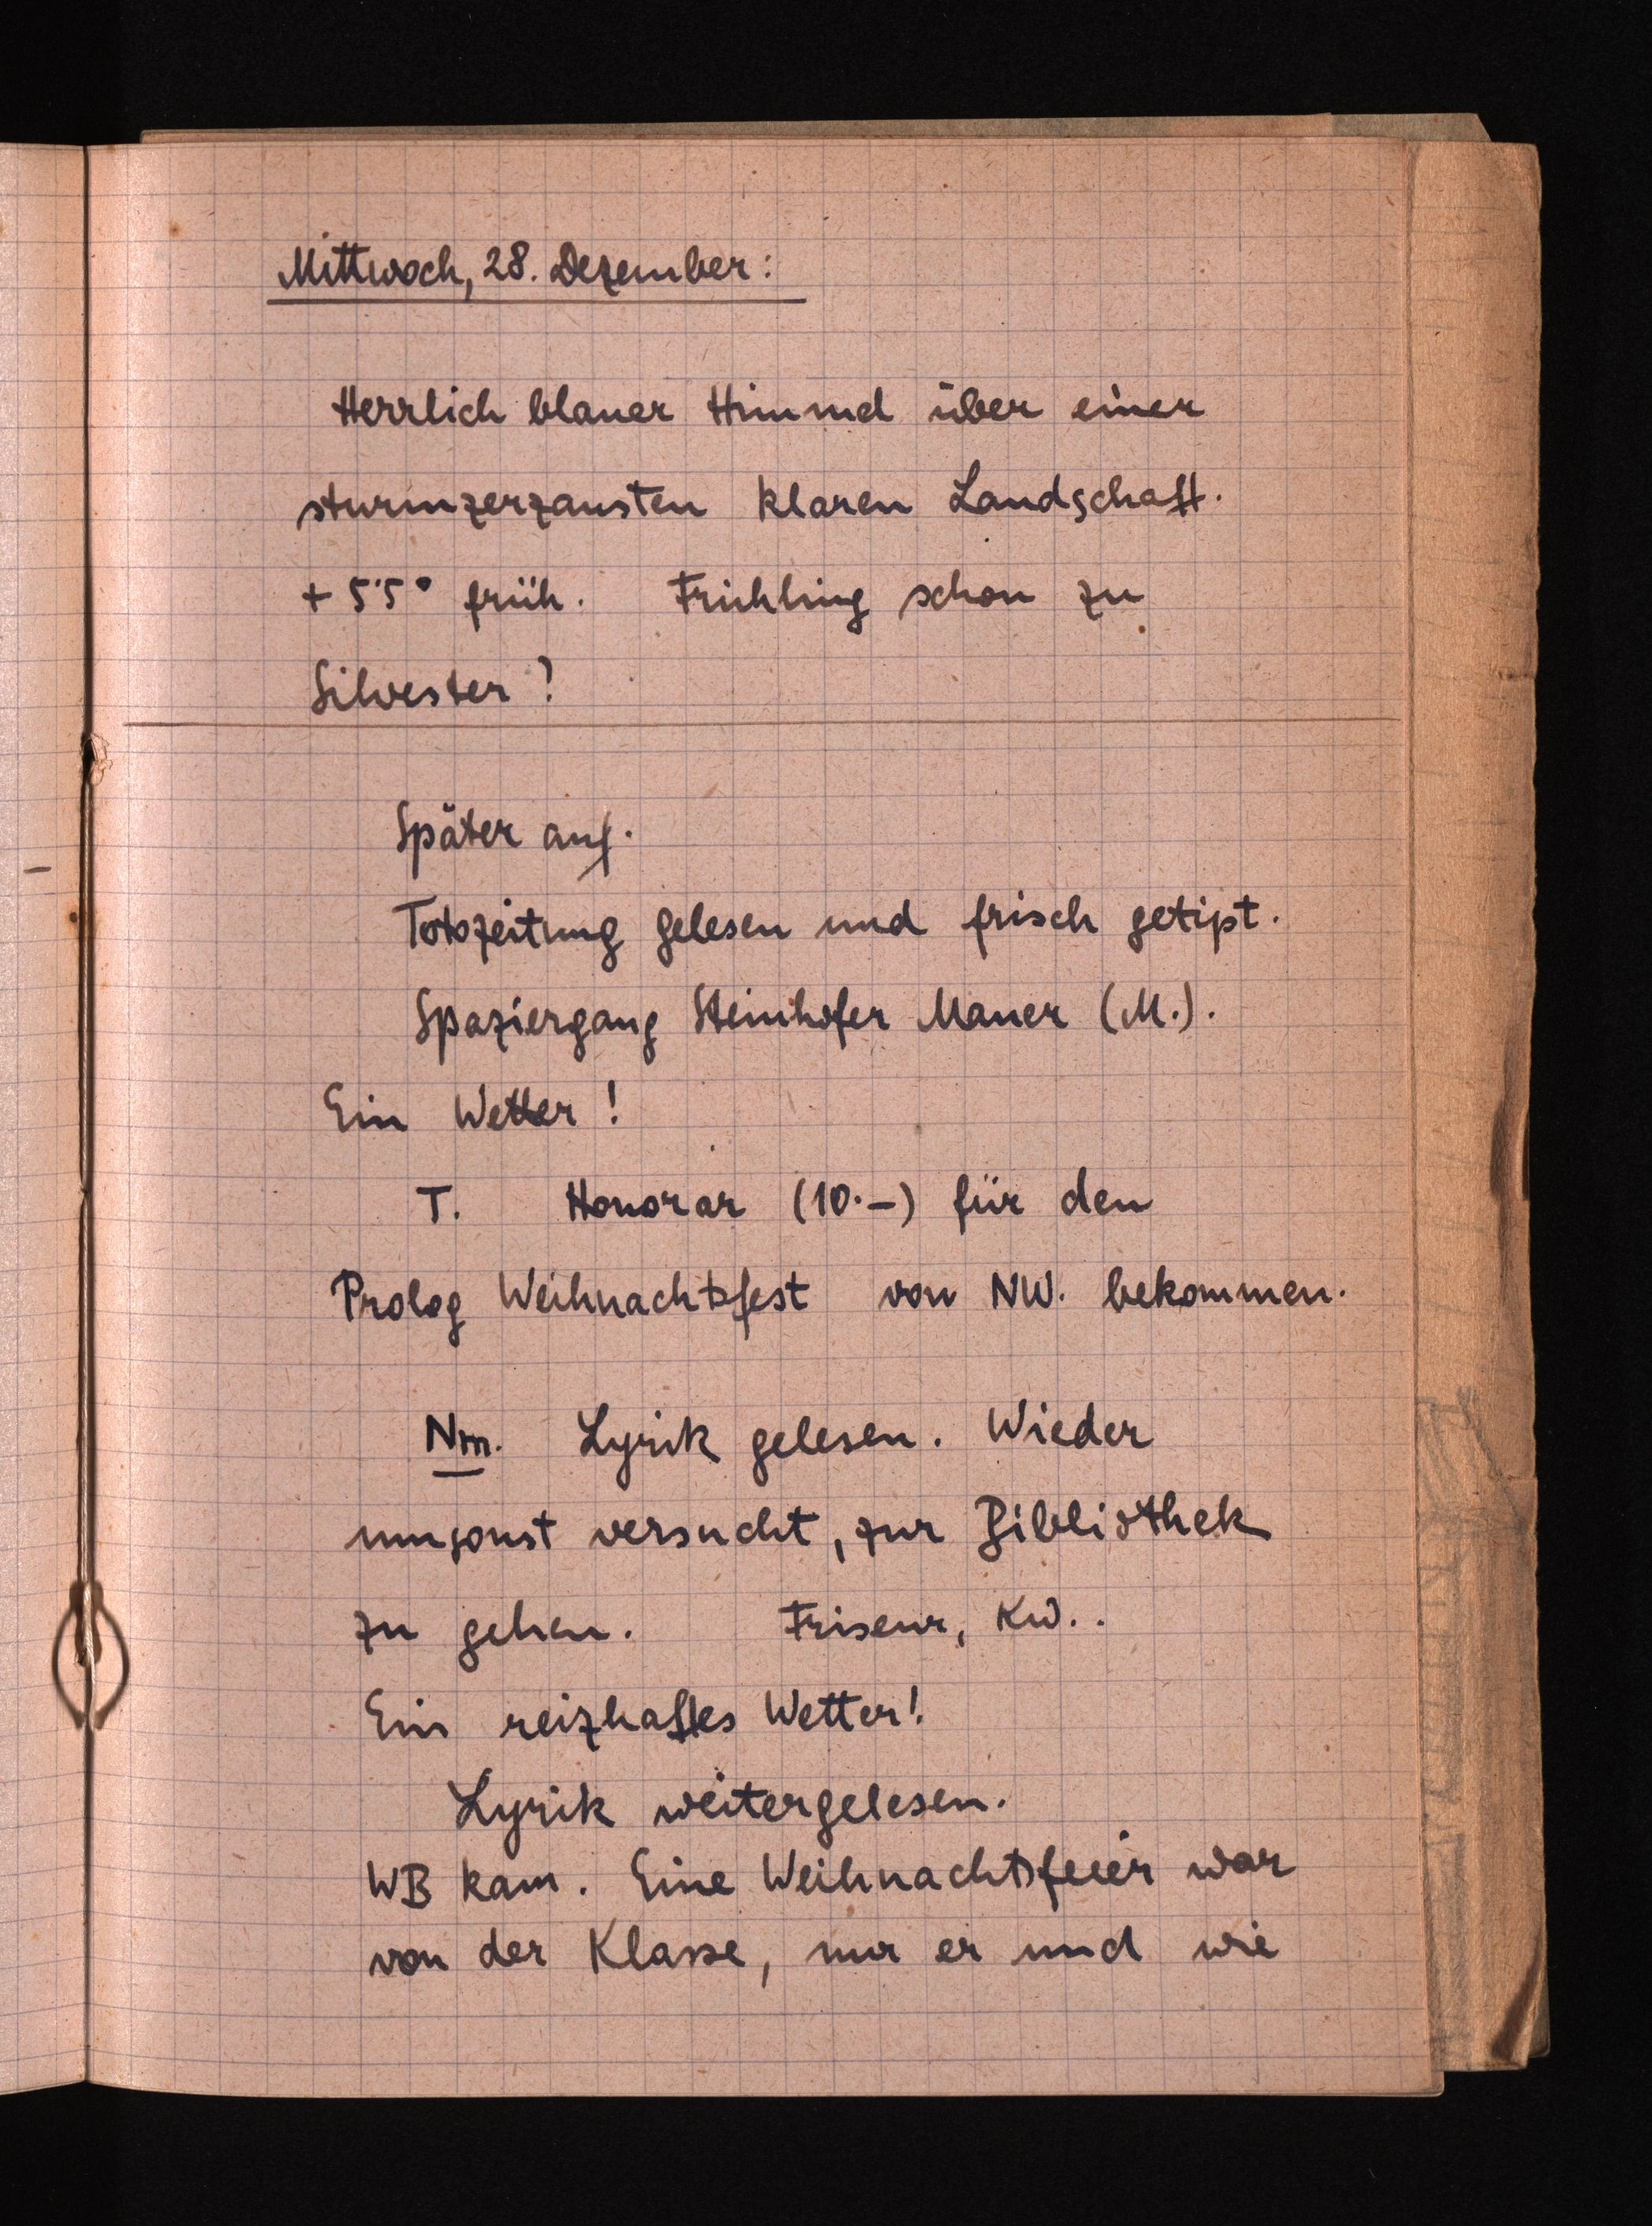
Mittwoch, 28. Dezember:
Herrlich blauer Himmdl über einer
stürmzerzausten klaren Landschaft.
+ 55° früh. Frühlung schon zu
Silvester!
Später auf.
Totozeitung Gelesen und frisch getipt.
Spaziergang Steinhofer Mauer (M.).
Ein Wetter.
T. Honorar (10.-) für den
Prolog Weihnachtefest von NW. bekommen.
Nm. Lyrik gelesen. Wieder
umsonst versucht, zur Gibliothek
zu gehen. Friseur, Kw..
Ein reizhaftes Wetter!
Lyrik weitergelesen.
WB kam. Eine Weihnachtsfeeer war
von der Klasse, mir er und wie